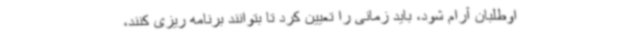
اوطلبان آرام شود، باید زمانی را تعیین کرد تا بتوانند برنامه ریزی کنند،